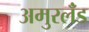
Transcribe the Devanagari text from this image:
अमुरलँंड